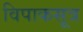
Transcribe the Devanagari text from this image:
विपाकसूत्र